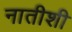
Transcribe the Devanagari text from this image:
नातीशी